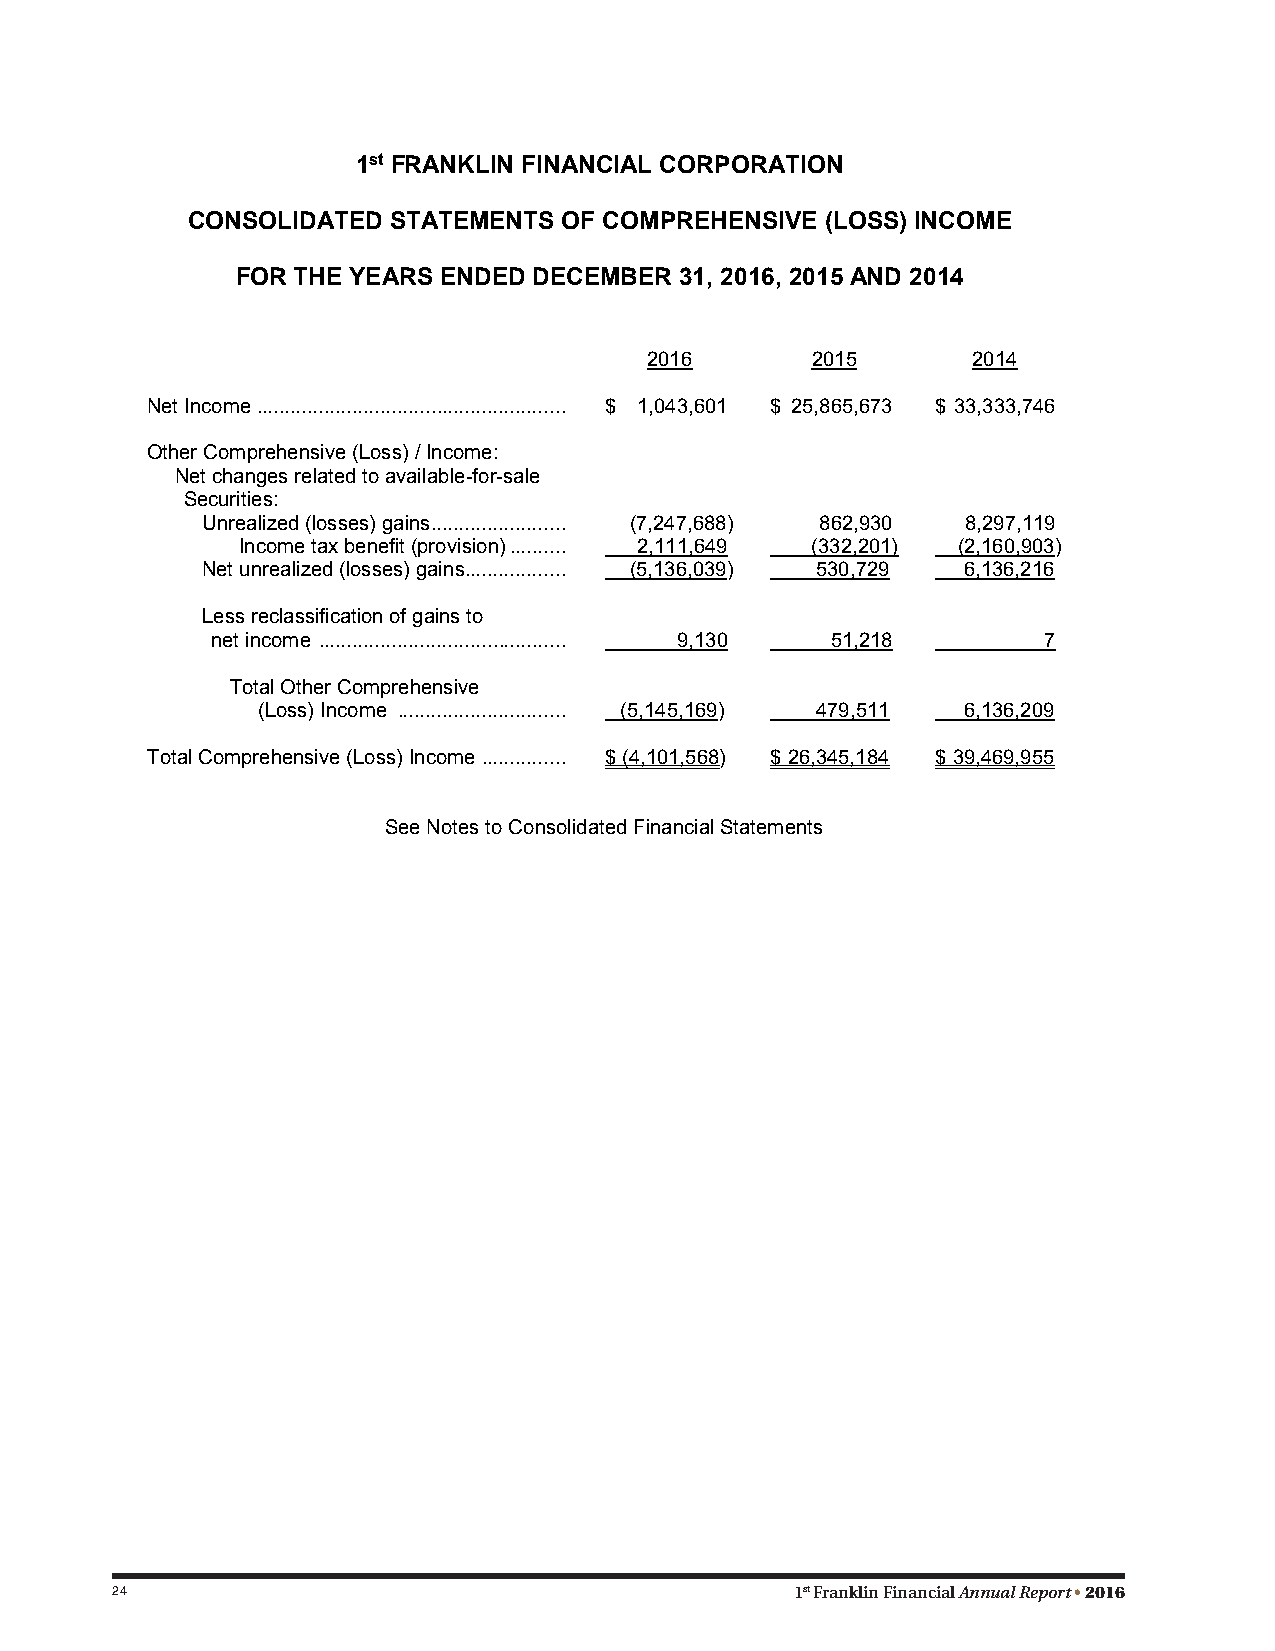
1st FRANKLIN FINANCIAL CORPORATION
 CONSOLIDATED  STATEMENTS OF COMPREHENSIVE  (LOSS) INCOME
 FOR THE YEARS ENDED DECEMBER 31, 2016, 2015 AND 2014
 2016       2015      2014
 Net Income ....................................................... $ 1,043,601 $ 25,865,673 $ 33,333,746
 Other Comprehensive (Loss) / Income:
 Net changes related to available-for-sale
 Securities:
 Unrealized (losses) gains ........................ (7,247,688) 862,930 8,297,119
 Income tax benefit (provision) .......... 2,111,649 (332,201) (2,160,903)
 Net unrealized (losses) gains .................. (5,136,039) 530,729 6,136,216
 Less reclassification of gains to
 net income ............................................ 9,130 51,218 7
 Total Other Comprehensive
 (Loss) Income .............................. (5,145,169) 479,511 6,136,209
 Total Comprehensive (Loss) Income ............... $ (4,101,568) $ 26,345,184 $ 39,469,955
 See Notes to Consolidated Financial Statements
 24                                            1st Franklin Financial Annual Report • 2016
 28